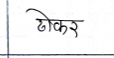
मजकूर: ढोकर